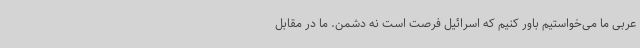
عربی ما می‌خواستیم باور کنیم که اسرائیل فرصت است نه دشمن. ما در مقابل